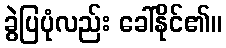
ခွဲပြပုံလည်း ခေါ်နိုင်၏။